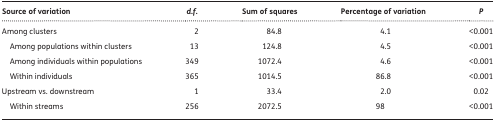
<table><thead><tr><td><b>Source of variation</b></td><td><b><i>d</i>.<i>f</i>.</b></td><td><b>Sum of squares</b></td><td><b>Percentage of variation</b></td><td><b><i>P</i></b></td></tr></thead><tbody><tr><td>Among clusters</td><td>2</td><td>84.8</td><td>4.1</td><td>&lt;0.001</td></tr><tr><td> Among populations within clusters</td><td>13</td><td>124.8</td><td>4.5</td><td>&lt;0.001</td></tr><tr><td> Among individuals within populations</td><td>349</td><td>1072.4</td><td>4.6</td><td>&lt;0.001</td></tr><tr><td> Within individuals</td><td>365</td><td>1014.5</td><td>86.8</td><td>&lt;0.001</td></tr><tr><td>Upstream vs. downstream</td><td>1</td><td>33.4</td><td>2.0</td><td>0.02</td></tr><tr><td> Within streams</td><td>256</td><td>2072.5</td><td>98</td><td>&lt;0.001</td></tr></tbody></table>